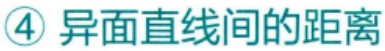
\textcircled{4} 异面直线间的距离